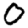
Digit: 0